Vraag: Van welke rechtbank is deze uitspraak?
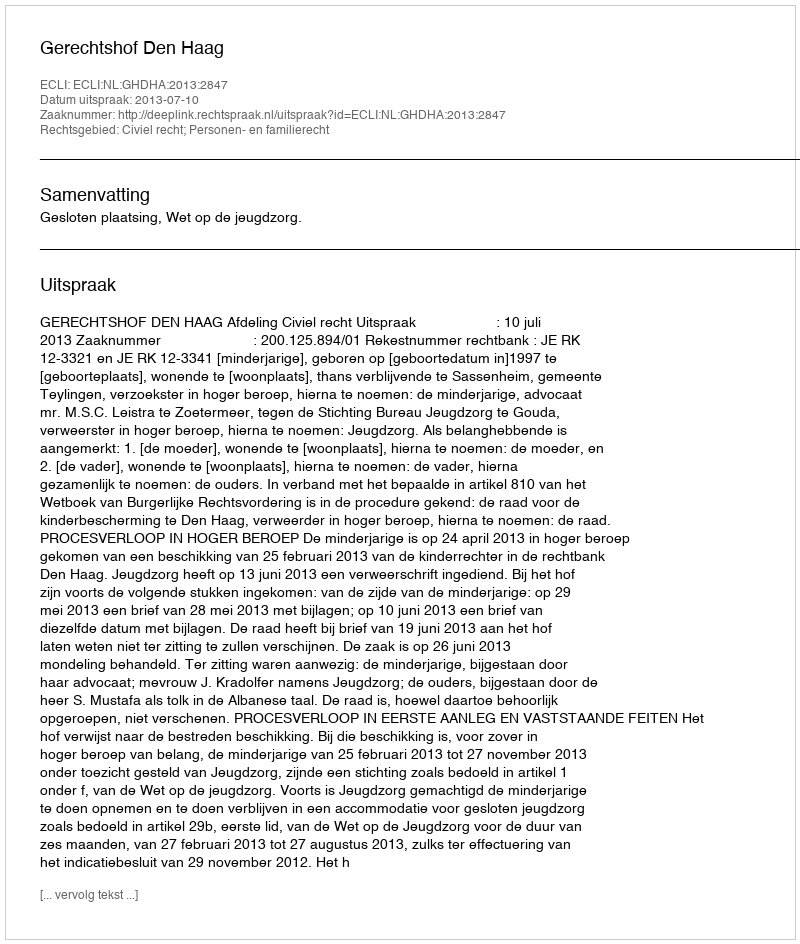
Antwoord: Gerechtshof Den Haag